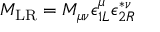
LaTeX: { \cal M } _ { \mathrm { L R } } = M _ { \mu \nu } \epsilon _ { 1 L } ^ { \mu } \epsilon _ { 2 R } ^ { * \nu }